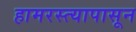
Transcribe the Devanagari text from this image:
हामरस्त्यापासून